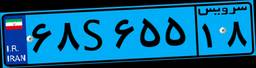
۲۹S۱۱۲۹۳